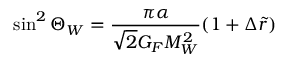
\sin ^ { 2 } { \Theta _ { W } } = \frac { \pi \alpha } { \sqrt { 2 } G _ { F } M _ { W } ^ { 2 } } ( 1 + \Delta \tilde { r } )